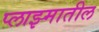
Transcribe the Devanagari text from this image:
प्लाझ्मातील